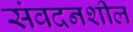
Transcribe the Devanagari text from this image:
संवदनशील